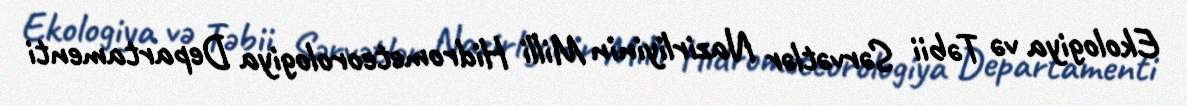
Ekologiya və Təbii Sərvətlər Nazirliyinin Milli Hidrometeorologiya Departamenti